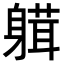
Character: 𨉴